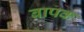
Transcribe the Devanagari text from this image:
बापक